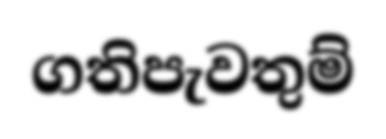
ගතිපැවතුම්